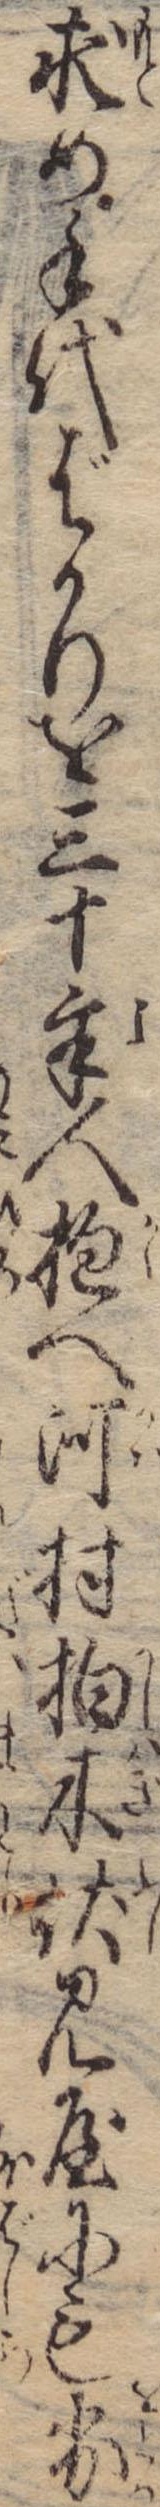
求め手代ばかりを三十余人抱へ河村柏木伏見屋にも劣